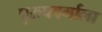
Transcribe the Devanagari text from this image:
पुरुषवर्गाला